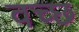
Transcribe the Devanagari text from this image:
वच्छ